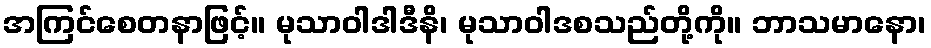
အကြင်စေတနာဖြင့်။ မုသာဝါဒါဒီနိ၊ မုသာဝါဒစသည်တို့ကို။ ဘာသမာနော၊